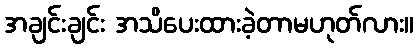
အချင်းချင်း အသိပေးထားခဲ့တာမဟုတ်လား။